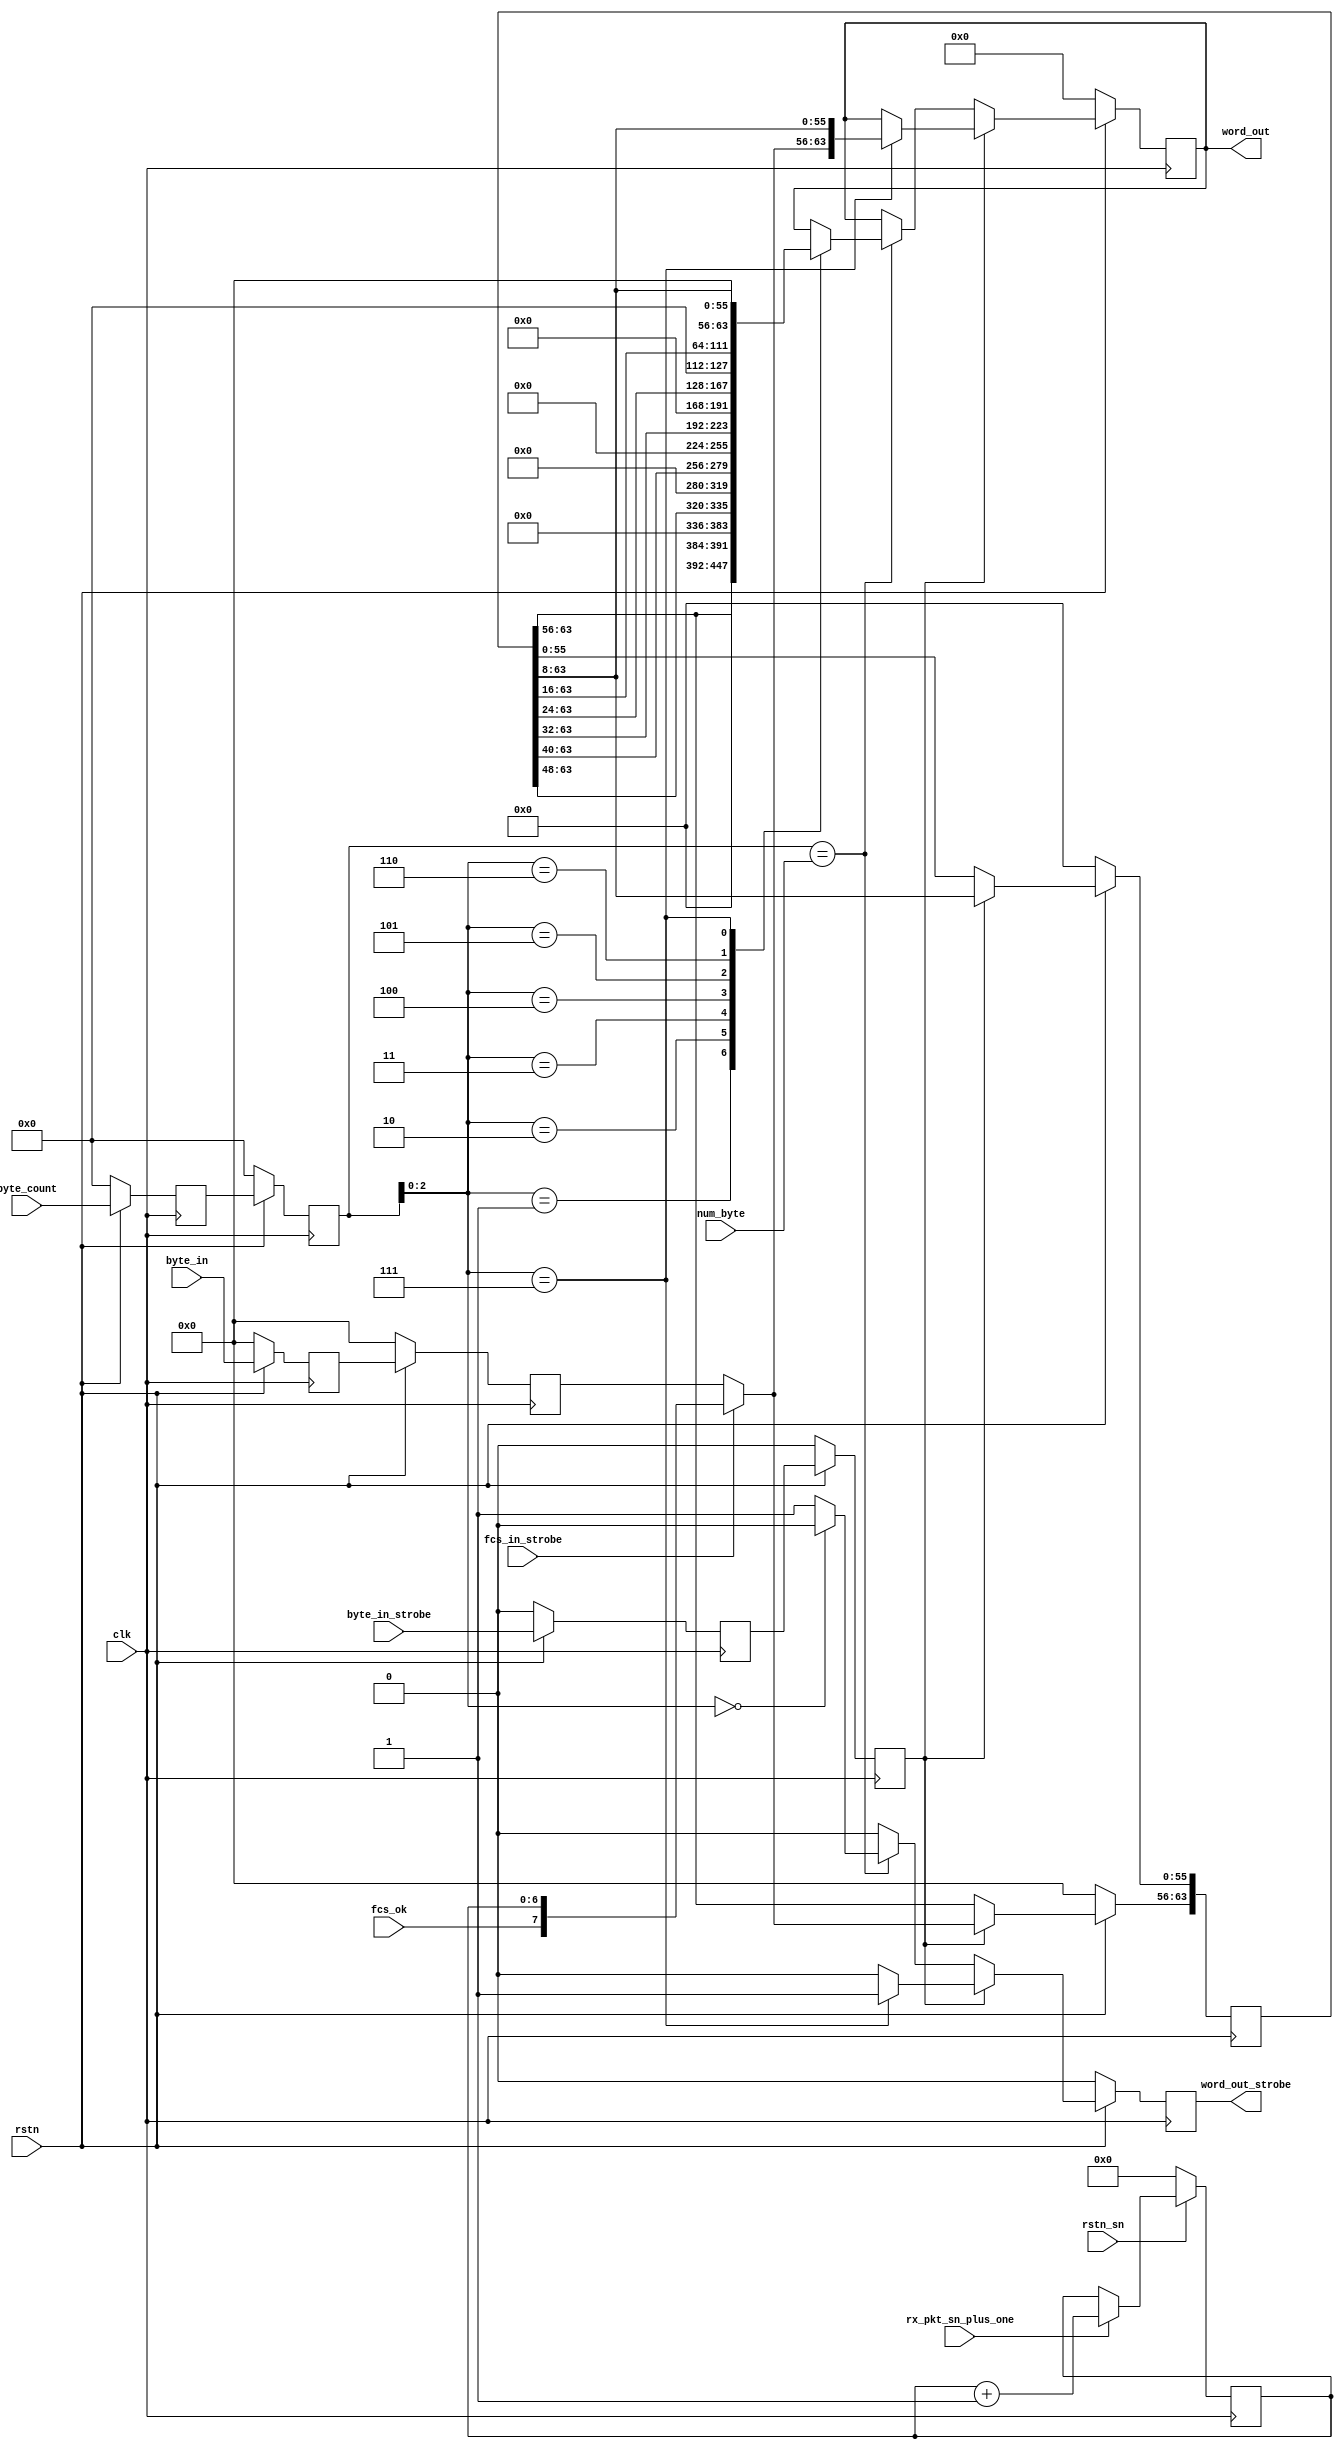
// This program was cloned from: https://github.com/open-sdr/openwifi-hw
// License: GNU Affero General Public License v3.0

// Xianjun jiao. putaoshu@msn.com; xianjun.jiao@imec.be;

module byte_to_word_fcs_sn_insert
(
    input wire clk,
    input wire rstn,
    input wire rstn_sn,

    input [7:0]  byte_in,
    input        byte_in_strobe,
    input [15:0] byte_count,
    input [15:0] num_byte,
    input fcs_in_strobe,
    input fcs_ok,
    input wire rx_pkt_sn_plus_one,

    output reg [63:0] word_out,
    output reg word_out_strobe
);

reg [63:0] byte_buf;

reg [7:0] byte_in_dly0;
reg [7:0] byte_in_dly1;
reg byte_in_strobe_dly0;
reg byte_in_strobe_dly1;
reg [15:0] byte_count_dly0;
reg [15:0] byte_count_dly1;
reg [6:0] rx_pkt_sn;

wire [7:0] byte_in_final;
wire byte_in_strobe_final;
wire [15:0] byte_count_final;

assign byte_in_final = (fcs_in_strobe?{fcs_ok,rx_pkt_sn}:byte_in_dly1);
assign byte_in_strobe_final = byte_in_strobe_dly1;
assign byte_count_final = byte_count_dly1;

always @(posedge clk) begin
    if (rstn_sn==1'b0) begin
        rx_pkt_sn<=0;
    end else  begin
        rx_pkt_sn <= (rx_pkt_sn_plus_one?(rx_pkt_sn+1):rx_pkt_sn);
    end 
end

// delay and select to insert fcs
always @(posedge clk) begin
    if (rstn==1'b0) begin
        byte_in_dly0<=0;
        byte_in_dly1<=0;
        byte_in_strobe_dly0<=0;
        byte_in_strobe_dly1<=0;
        byte_count_dly0<=0;
        byte_count_dly1<=0;
    end else  begin
        byte_in_dly0<=byte_in;
        byte_in_dly1<=byte_in_dly0;
        byte_in_strobe_dly0<=byte_in_strobe;
        byte_in_strobe_dly1<=byte_in_strobe_dly0;
        byte_count_dly0<=byte_count;
        byte_count_dly1<=byte_count_dly0;
    end 
end

// byte to word
always @(posedge clk) begin
    if (rstn==1'b0) begin
        byte_buf <= 0;
        word_out <= 0;
        word_out_strobe <= 0;
    end else if (byte_in_strobe_final) begin
        byte_buf[63:56] <= byte_in_final;
        byte_buf[55:0] <= byte_buf[63:8];
        word_out_strobe <= (byte_count_final[2:0]==7?1:0);
        word_out <= byte_count_final[2:0]==7?{byte_in_final, byte_buf[63:8]}:word_out;
    end else if (byte_count_final==num_byte) begin
        word_out_strobe <= (byte_count_final[2:0]==0?0:1);
        case (byte_count_final[2:0])
            3'b001: begin word_out <= {56'b0,byte_buf[63:56]}; end
            3'b010: begin word_out <= {48'b0,byte_buf[63:48]}; end
            3'b011: begin word_out <= {40'b0,byte_buf[63:40]}; end
            3'b100: begin word_out <= {32'b0,byte_buf[63:32]}; end
            3'b101: begin word_out <= {24'b0,byte_buf[63:24]}; end
            3'b110: begin word_out <= {16'b0,byte_buf[63:16]}; end
            3'b111: begin word_out <= { 8'b0,byte_buf[63: 8]}; end
            default: word_out <= word_out;
        endcase
    end else begin
        word_out_strobe <= 0;
    end
end
endmodule